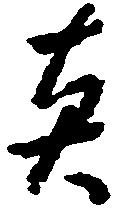
真